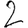
Digit: 2